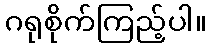
ဂရုစိုက်ကြည့်ပါ။